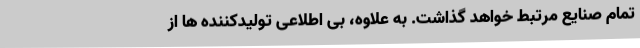
تمام صنایع مرتبط خواهد گذاشت. به علاوه، بی اطلاعی تولیدکننده ها از